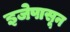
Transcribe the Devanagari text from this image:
इजेपासून